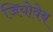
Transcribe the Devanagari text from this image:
जियोवेब